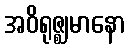
အဝိရုဇ္ဈမာနော